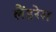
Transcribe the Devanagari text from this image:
लैंडरेस